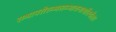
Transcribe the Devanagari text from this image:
रम्भापरीरम्भसम्भावनाधीरचेताः